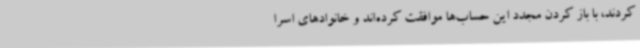
کردند، با باز کردن مجدد این حساب‌ها موافقت کرده‌اند و خانوادهای اسرا